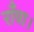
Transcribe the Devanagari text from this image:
राँवा।